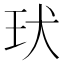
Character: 㺴